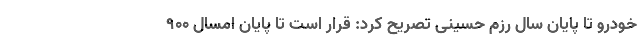
خودرو تا پایان سال رزم حسینی تصریح کرد: قرار است تا پایان امسال ۹۰۰